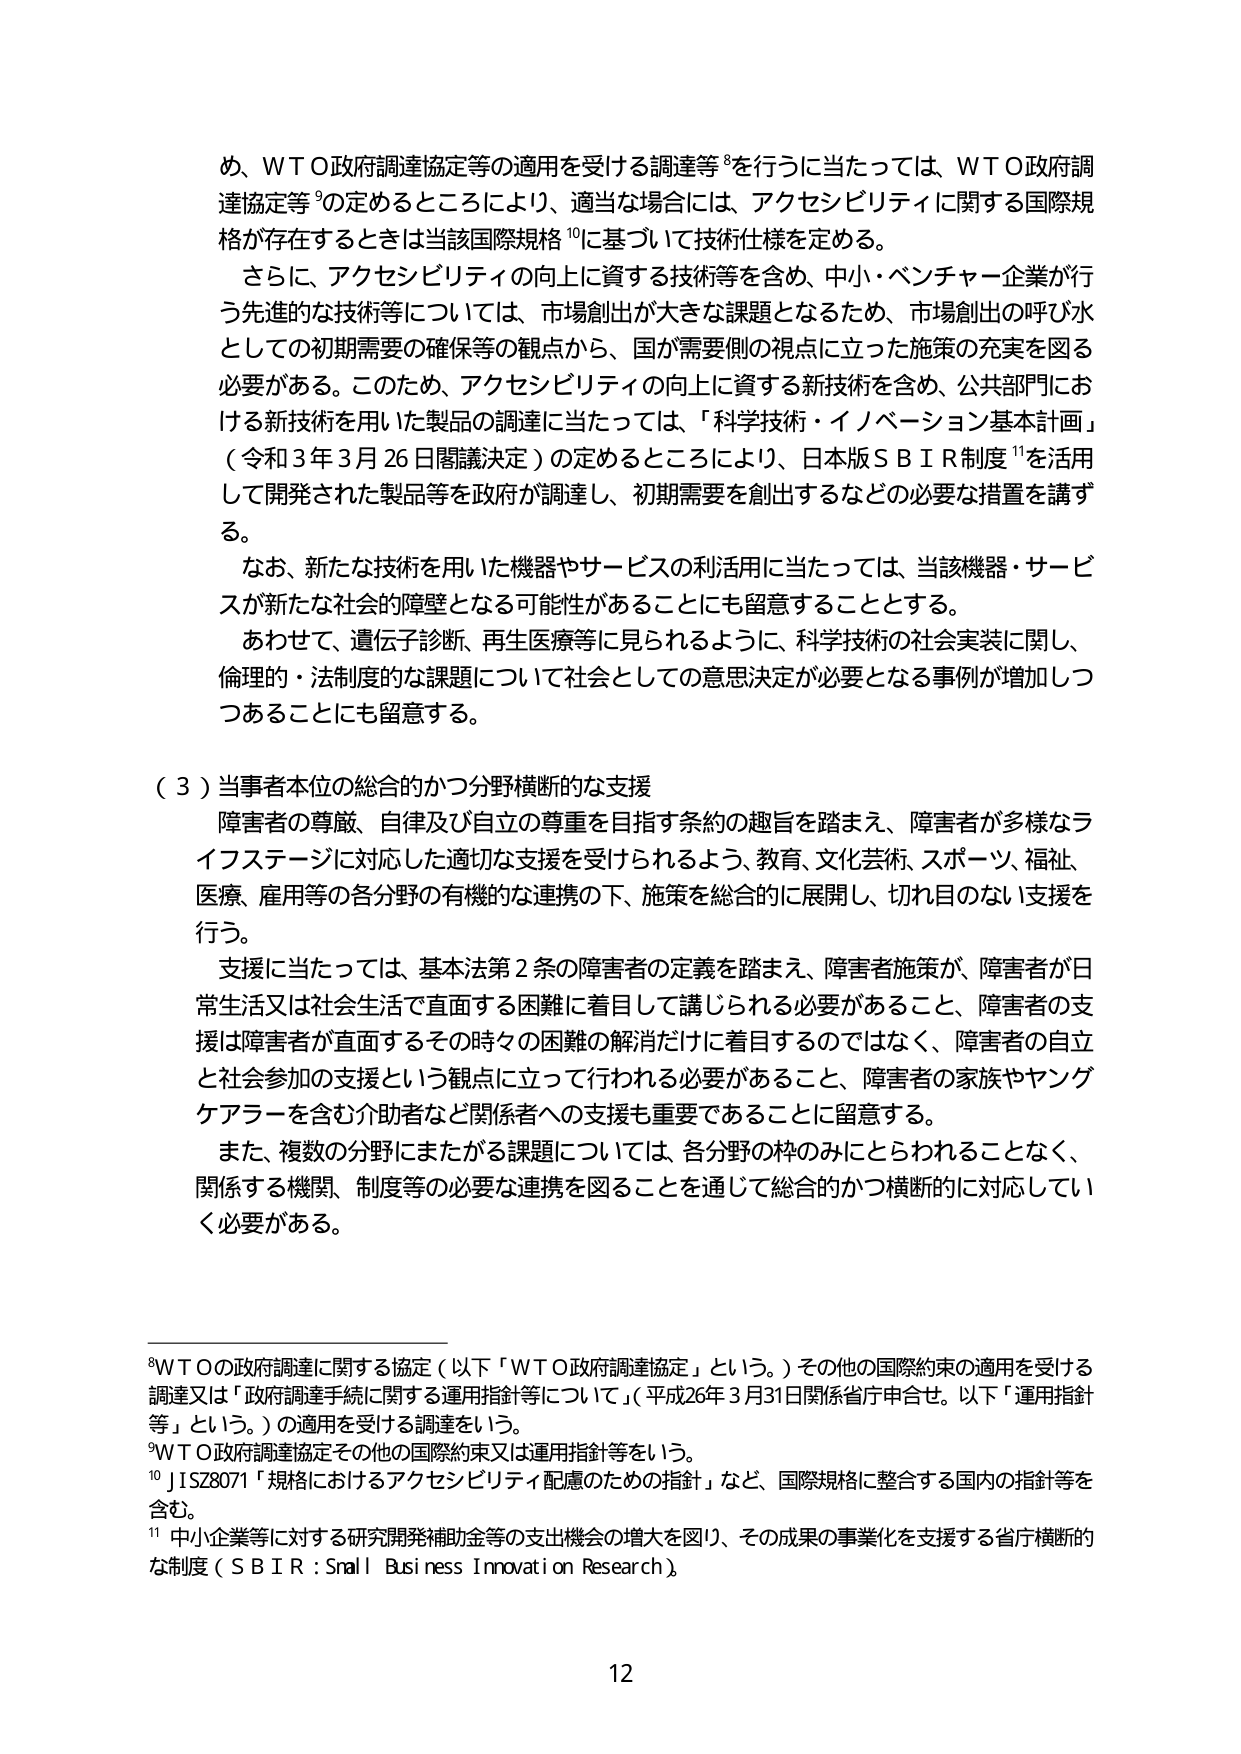
め、ＷＴＯ政府調達協定等の適用を受ける調達等⁸を行うに当たっては、ＷＴＯ政府調達協定等⁹の定めるところにより、適当な場合には、アクセシビリティに関する国際規格が存在するときは当該国際規格¹⁰に基づいて技術仕様を定める。

さらに、アクセシビリティの向上に資する技術等を含め、中小・ベンチャー企業が行う先進的な技術等については、市場創出が大きな課題となるため、市場創出の呼び水としての初期需要の確保等の観点から、国が需要側の視点に立った施策の充実を図る必要がある。このため、アクセシビリティの向上に資する新技術を含め、公共部門における新技術を用いた製品の調達に当たっては、「科学技術・イノベーション基本計画」（令和３年３月26日閣議決定）の定めるところにより、日本版ＳＢＩＲ制度¹¹を活用して開発された製品等を政府が調達し、初期需要を創出するなどの必要な措置を講ずる。

なお、新たな技術を用いた機器やサービスの利活用に当たっては、当該機器・サービスが新たな社会的障壁となる可能性があることにも留意することとする。

あわせて、遺伝子診断、再生医療等に見られるように、科学技術の社会実装に関し、倫理的・法制度的な課題について社会としての意思決定が必要となる事例が増加しつつあることにも留意する。

（３）当事者本位の総合的かつ分野横断的な支援

障害者の尊厳、自律及び自立の尊重を目指す条約の趣旨を踏まえ、障害者が多様なライフステージに対応した適切な支援を受けられるよう、教育、文化芸術、スポーツ、福祉、医療、雇用等の各分野の有機的な連携の下、施策を総合的に展開し、切れ目のない支援を行う。

支援に当たっては、基本法第２条の障害者の定義を踏まえ、障害者施策が、障害者が日常生活又は社会生活で直面する困難に着目して講じられる必要があること、障害者の支援は障害者が直面するその時々の困難の解消だけに着目するのではなく、障害者の自立と社会参加の支援という観点に立って行われる必要があること、障害者の家族やヤングケアラーを含む介助者など関係者への支援も重要であることに留意する。

また、複数の分野にまたがる課題については、各分野の枠のみにとらわれることなく、関係する機関、制度等の必要な連携を図ることを通じて総合的かつ横断的に対応していく必要がある。

⁸ＷＴＯの政府調達に関する協定（以下「ＷＴＯ政府調達協定」という。）その他の国際約束の適用を受ける調達又は「政府調達手続に関する運用指針等について」（平成26年３月31日関係省庁申合せ。以下「運用指針等」という。）の適用を受ける調達をいう。

⁹ＷＴＯ政府調達協定その他の国際約束又は運用指針等をいう。

¹⁰ＪＩＳＺ8071「規格におけるアクセシビリティ配慮のための指針」など、国際規格に整合する国内の指針等を含む。

¹¹中小企業等に対する研究開発補助金等の支出機会の増大を図り、その成果の事業化を支援する省庁横断的な制度（ＳＢＩＲ：Small Business Innovation Research）

12